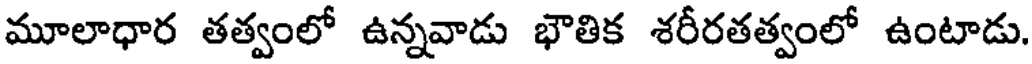
మూలాధార తత్వంలో ఉన్నవాడు భౌతిక శరీరతత్వంలో ఉంటాడు